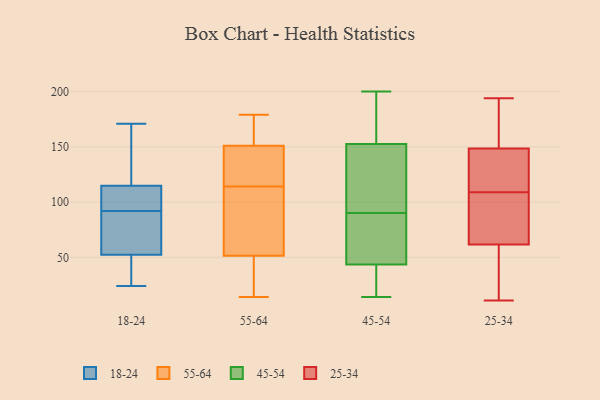
{"axis": {"x": "Shipments", "y": "Value"}, "legend": ["18-24", "25-34", "45-54", "55-64"], "data": [{"x": "", "y": 65, "type": "18-24"}, {"x": "", "y": 92, "type": "18-24"}, {"x": "", "y": 95, "type": "18-24"}, {"x": "", "y": 31, "type": "18-24"}, {"x": "", "y": 76, "type": "18-24"}, {"x": "", "y": 24, "type": "18-24"}, {"x": "", "y": 134, "type": "18-24"}, {"x": "", "y": 148, "type": "18-24"}, {"x": "", "y": 80, "type": "18-24"}, {"x": "", "y": 46, "type": "18-24"}, {"x": "", "y": 111, "type": "18-24"}, {"x": "", "y": 116, "type": "18-24"}, {"x": "", "y": 95, "type": "18-24"}, {"x": "", "y": 48, "type": "18-24"}, {"x": "", "y": 171, "type": "18-24"}, {"x": "", "y": 112, "type": "55-64"}, {"x": "", "y": 45, "type": "55-64"}, {"x": "", "y": 116, "type": "55-64"}, {"x": "", "y": 125, "type": "55-64"}, {"x": "", "y": 66, "type": "55-64"}, {"x": "", "y": 132, "type": "55-64"}, {"x": "", "y": 67, "type": "55-64"}, {"x": "", "y": 14, "type": "55-64"}, {"x": "", "y": 37, "type": "55-64"}, {"x": "", "y": 177, "type": "55-64"}, {"x": "", "y": 173, "type": "55-64"}, {"x": "", "y": 179, "type": "55-64"}, {"x": "", "y": 58, "type": "55-64"}, {"x": "", "y": 154, "type": "55-64"}, {"x": "", "y": 25, "type": "55-64"}, {"x": "", "y": 148, "type": "55-64"}, {"x": "", "y": 154, "type": "45-54"}, {"x": "", "y": 42, "type": "45-54"}, {"x": "", "y": 151, "type": "45-54"}, {"x": "", "y": 64, "type": "45-54"}, {"x": "", "y": 14, "type": "45-54"}, {"x": "", "y": 86, "type": "45-54"}, {"x": "", "y": 174, "type": "45-54"}, {"x": "", "y": 109, "type": "45-54"}, {"x": "", "y": 45, "type": "45-54"}, {"x": "", "y": 190, "type": "45-54"}, {"x": "", "y": 94, "type": "45-54"}, {"x": "", "y": 86, "type": "45-54"}, {"x": "", "y": 200, "type": "45-54"}, {"x": "", "y": 111, "type": "45-54"}, {"x": "", "y": 36, "type": "45-54"}, {"x": "", "y": 31, "type": "45-54"}, {"x": "", "y": 127, "type": "25-34"}, {"x": "", "y": 77, "type": "25-34"}, {"x": "", "y": 194, "type": "25-34"}, {"x": "", "y": 69, "type": "25-34"}, {"x": "", "y": 97, "type": "25-34"}, {"x": "", "y": 116, "type": "25-34"}, {"x": "", "y": 142, "type": "25-34"}, {"x": "", "y": 155, "type": "25-34"}, {"x": "", "y": 179, "type": "25-34"}, {"x": "", "y": 54, "type": "25-34"}, {"x": "", "y": 11, "type": "25-34"}, {"x": "", "y": 136, "type": "25-34"}, {"x": "", "y": 79, "type": "25-34"}, {"x": "", "y": 121, "type": "25-34"}, {"x": "", "y": 37, "type": "25-34"}, {"x": "", "y": 102, "type": "25-34"}, {"x": "", "y": 28, "type": "25-34"}, {"x": "", "y": 194, "type": "25-34"}, {"x": "", "y": 192, "type": "25-34"}, {"x": "", "y": 54, "type": "25-34"}]}